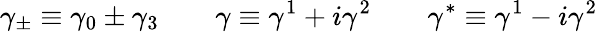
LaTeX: \gamma_{\pm}\equiv\gamma_{0}\pm\gamma_{3}\qquad\gamma\equiv\gamma^{1}+i\gamma^{2}\qquad\gamma^{*}\equiv\gamma^{1}-i\gamma^{2}